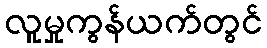
လူမှုကွန်ယက်တွင်